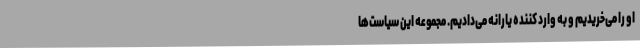
او را می‌خریدیم و به وارد کننده یارانه می‌دادیم. مجموعه این سیاست‌ها